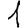
Digit: 1